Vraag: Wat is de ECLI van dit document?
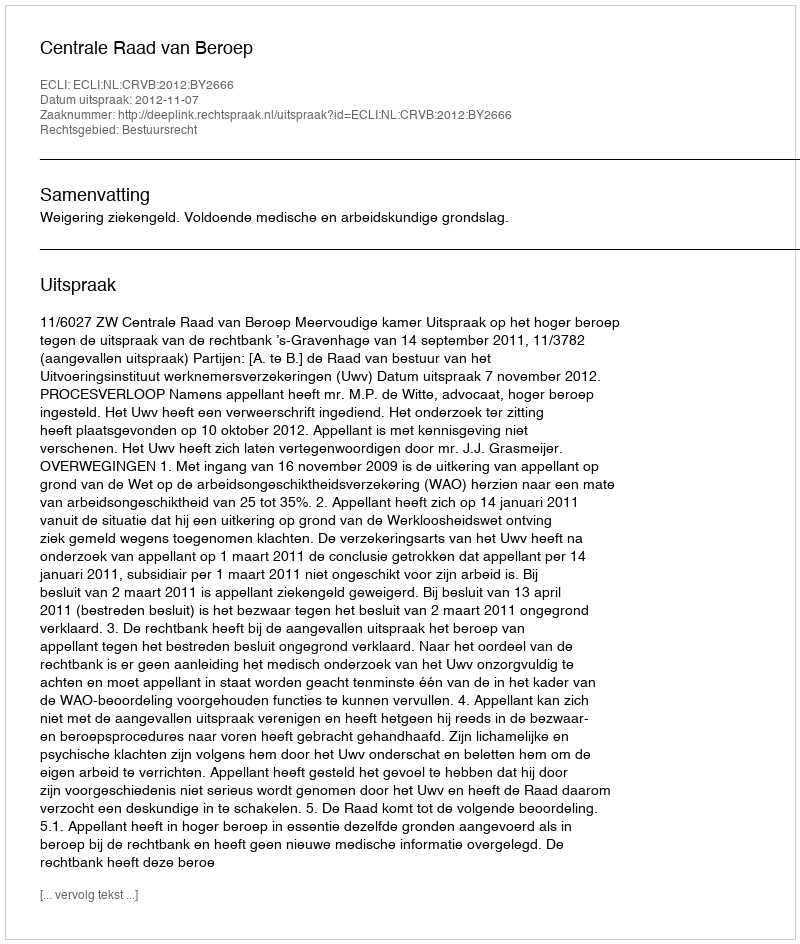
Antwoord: ECLI:NL:CRVB:2012:BY2666